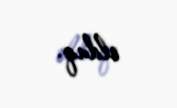
olduq.